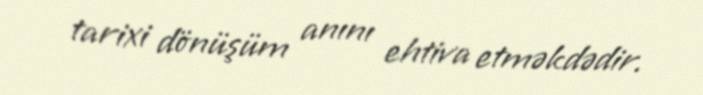
tarixi dönüşüm anını ehtiva etməkdədir.